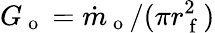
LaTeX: G_{\mathrm{~o~}}=\dot{m}_{\mathrm{~o~}}/(\pi r_{\mathrm{~f~}}^{2})